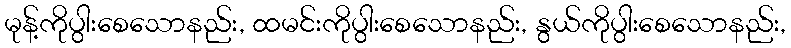
မုန့်ကိုပွါးစေသောနည်း, ထမင်းကိုပွါးစေသောနည်း, နွယ်ကိုပွါးစေသောနည်း,